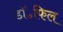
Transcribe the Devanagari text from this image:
डॉ॰फिल